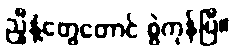
ညှီနံ့တွေတောင် စွဲကုန်ပြီ။